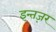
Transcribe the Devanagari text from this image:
इन्तज़र